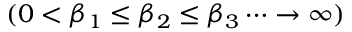
( 0 < \beta _ { 1 } \le \beta _ { 2 } \le \beta _ { 3 } \dots \rightarrow \infty )